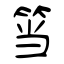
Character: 筜